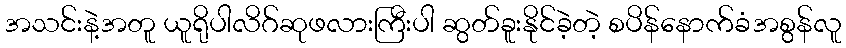
အသင်းနဲ့အတူ ယူရိုပါလိဂ်ဆုဖလားကြီးပါ ဆွတ်ခူးနိုင်ခဲ့တဲ့ စပိန်နောက်ခံအစွန်လူ